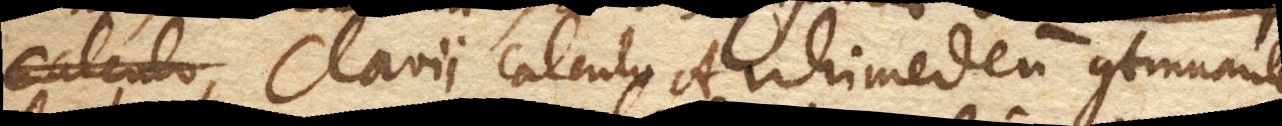
Clavii calculo Archimedeum continuante